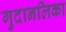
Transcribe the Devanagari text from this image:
गुदानलिका